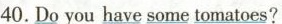
40. Do you have some tomatoes?